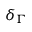
\delta _ { \Gamma }